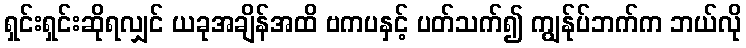
ရှင်းရှင်းဆိုရလျှင် ယခုအချိန်အထိ ဗကပနှင့် ပတ်သက်၍ ကျွန်ုပ်ဘက်က ဘယ်လို